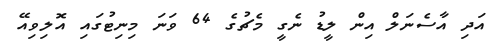
އަދި އާސެނަލް އިން ލީޑު ނެގީ މެޗުގެ 64 ވަނަ މިނިޓުގައި އޮލިވިއޭ